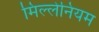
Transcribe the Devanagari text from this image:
मिल्लेनियम